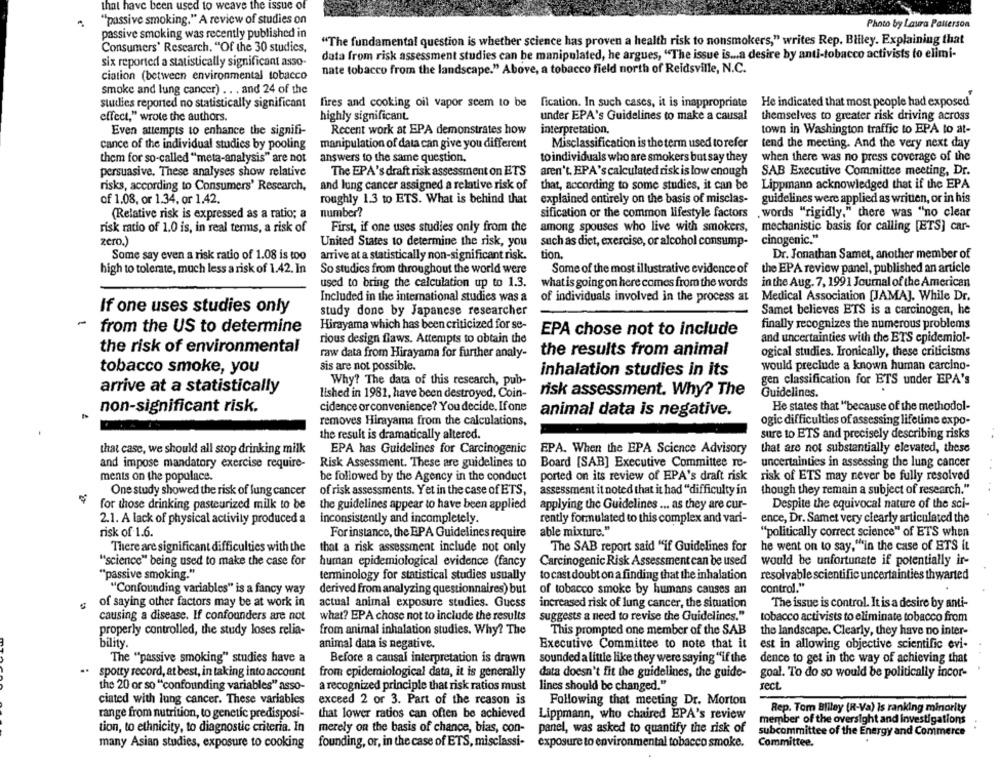
that have been used to weave the issue of
"passive smoking." A review of studies on
Photo by Laura Patterson
passive smoking was recently published in
"The fundamental question is whether science has proven a health risk to nonsmokers," writes Rep. Bliley. Explaining that
Consumers' Research. "Of the 30 studies,
data from risk assessment studies can be manipulated, he argues, "The issue is ... a desire by anti-tobacco activists to elimi-
six reported a statistically significant asso-
nate tobacco from the landscape." Above, a tobacco field north of Reidsville, N.C.
ciation (between environmental tobacco
smoke and lung cancer) .. . and 24 of the
sutlies reported no statistically significant
fires and cooking oil vapor seem to be fication. In such cases, it is inappropriate
He indicated that most people had exposed
highly significant.
under EPA's Guidelines to make a causal
effect," wrote the authors.
themselves to greater risk driving across
Even attempts to enhance the signifi-
Recent work at EPA demonstrates how
interpretation.
town in Washington traffic to EPA to at-
cance of the individual studies by pooling
manipulation of data can give you different
Misclassification is the term used torefer
tend the meeting. And the very next day
them for so-called "meta-analysis" are not
answers to the same question.
to individuals who are smokers but say they
when there was no press coverage of the
persuasive. These analyses show relative
The EPA's draft risk assessment on ETS
aren't. EPA's calculated risk is low enough
SAB Executive Committee meeting, Dr.
and lung cancer assigned a relative risk of
Lippmann acknowledged that if the EPA
risks, according to Consumers' Research,
that, according to some studies, it can be
of 1.08, or 1.34, or 1.42.
roughly 1.3 to ETS. What is behind that
explained entirely on the basis of misclas-
guidelines were applied as written, or in his
(Relative risk is expressed as a ratio; a
number?
sification or the common lifestyle factors
sification or the common lifestyle factors ,words "rigidly," there was "no clear
. words "rigidly." there was "no clear
risk ratio of 1.0 is, in real terms, a risk of
First, if one uses studies only from the
among spouses who live with smokers,
mechanistic basis for calling [ETS] car-
zero.)
United States to determine the risk, you
such as diet, exercise, or alcohol consump-
cinogenic."
Some say even a risk ratio of 1.08 is too
tion.
Dr. Jonathan Samet, another member of
arrive at a statistically non-significant risk.
So studies from throughout the world were
Some of the most illustrative evidence of
the EPA review panel, published an article
high to tolerate, much less a risk of 1.42. In
used to bring the calculation up to 1.3.
whatis going on here comes from the words
in the Aug. 7, 1991 Journal of the American
Included in the international studies was a
of individuals involved in the process at
Medical Association [JAMAJ. While Dr.
If one uses studies only
study done by Japanese researcher
Samet believes ETS is a carcinogen, he
-
from the US to determine
Hirayama which has been criticized for se-
finally recognizes the numerous problems
rious design flaws. Attempts to obtain the
EPA chose not to include
and uncertainties with the ETS epidemiol-
the risk of environmental
raw data from Hirayama for further analy-
the results from animal
ogical studies. Ironically, these criticisms
tobacco smoke, you
sis are not possible.
would preclude a known human carcino-
inhalation studies in its
Why? The data of this research, pub-
gen classification for ETS under EPA's
arrive at a statistically
lished in 1981, have been destroyed, Coin-
risk assessment. Why? The
Guidelines.
non-significant risk.
cidence or convenience? You decide. If one
He states that "because of the methodol-
animal data is negative.
removes Hirayama from the calculations,
ogic difficulties of assessing lifetime expo-
the result is dramatically altered.
sure to ETS and precisely describing risks
that case, we should all stop drinking milk
EPA has Guidelines for Carcinogenic
EPA. When the EPA Science Advisory
that are not substantially elevated, these
and impose mandatory exercise require-
Risk Assessment. These are guidelines to Board [SAB] Executive Committee re-
uncertainties in assessing the lung cancer
ments on the populace.
be followed by the Agency in the conduct
ported on its review of EPA's draft risk
risk of ETS may never be fully resolved
One study showed the risk of lung cancer
of risk assessments. Yet in the case of ETS,
assessment it noted that it had "difficulty in
though they remain a subject of research."
for those drinking pasteurized milk to be
the guidelines appear to have been applied
applying the Guidelines ... as they are cur-
Despite the equivocal nature of the sci-
2.1. A lack of physical activity produced a
inconsistently and incompletely.
rently formulated to this complex and vari-
ence, Dr. Samet very clearly articulated the
risk of 1.6.
For instance, the EPA Guidelines require
able mixture."
"politically correct science" of ETS when
The SAB report said "if Guidelines for
he went on to say,"in the case of ETS it
There are significant difficulties with the
that a risk assessment include not only
""science" being used to make the case for
human epidemiological evidence (fancy
Carcinogenic Risk Assessment can be used
would be unfortunate if potentially ir-
"passive smoking."
terminology for statistical studies usually
to cast doubt on a finding that the inhalation
resolvable scientific uncertainties thwarted
"Confounding variables" is a fancy way
derived from analyzing questionnaires) but
of tobacco smoke by humans causes an
control."
of saying other factors may be at work in
actual animal exposure studies. Guess
increased risk of lung cancer, the situation
The issue is control. It is a desire by anti-
what? EPA chose not to include the results
suggests a need to revise the Guidelines."
causing a disease. If confounders are not
tobacco activists to eliminate tobacco from
properly controlled, the study loses relia-
This prompted one member of the SAB
the landscape. Clearly, they have no inter-
from animal inhalation studies. Why? The
bility.
animal data is negative.
Executive Committee to note that it
est in allowing objective scientific evi-
The "passive smoking" studies have a
Before a causal interpretation is drawn
sounded a little like they were saying "if the
dence to get in the way of achieving that
..
spotty record, at best, in taking into account
from epidemiological data, it is generally
data doesn't fit the guidelines, the guide-
goal. To do so would be politically incor-
rect
the 20 or so "confounding variables" asso-
a recognized principle that risk ratios must
lines should be changed."
ciated with lung cancer. These variables
exceed 2 or 3. Part of the reason is
Following that meeting Dr. Morton
range from nutrition, to genetic predisposi-
that lower ratios can often be achieved
Lippmann, who chaired EPA's review
Rep. Tom Bliley (R-Va) Is ranking minority
member of the oversight and investigations
tion, to ethnicity, to diagnostic criteria. In
merely on the basis of chance, bias, con-
panel, was asked to quantify the risk of
subcommittee of the Energy and Commerce
many Asian studies, exposure to cooking
founding, or, in the case of ETS, misclassi-
exposure to environmental tobacco smoke. Committee.